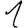
Digit: 1